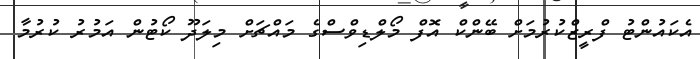
އެކައުންޓު ފްރީޒްކުރުމަށް ބޭންކް އޮފް މޯލްޑިވްސްގެ މައްޗަށް މިލަދޫ ކޯޓުން އަމުރު ކުރުމާ